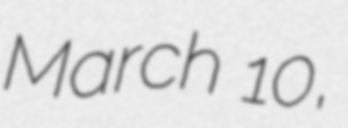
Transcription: March 10,